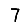
Digit: 7